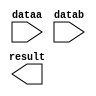
module add_16 (
	dataa,
	datab,
	result);

	input	[15:0]  dataa;
	input	[15:0]  datab;
	output	[15:0]  result;

endmodule